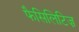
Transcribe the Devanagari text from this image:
फैसिलिटिज़